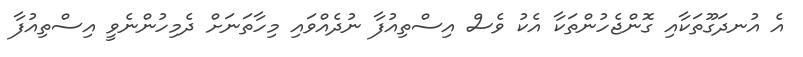
އެ އުނދަގޫތަކާއި ގޮންޖެހުންތަކާ އެކު ވެސް އިސްތިއުފާ ނުދެއްވައި މިހާތަނަށް ދެމިހުންނެވީ އިސްތިއުފާ